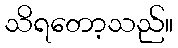
သိရတော့သည်။